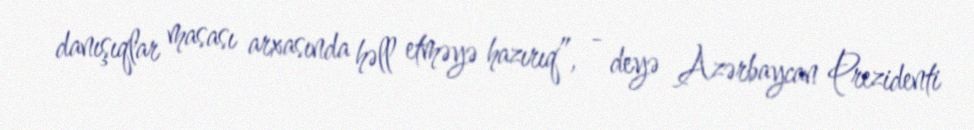
danışıqlar masası arxasında həll etməyə hazırıq”, - deyə Azərbaycan Prezidenti